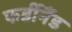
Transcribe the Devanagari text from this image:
फर्डीनैंड